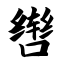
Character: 辔